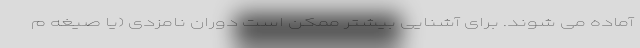
آماده می شوند. برای آشنایی بیشتر ممکن است دوران نامزدی (یا صیغه م